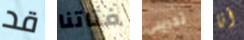
قد فتاتنا تدريبي أنا